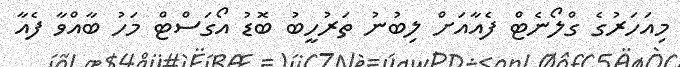
މިއަހަރުގެ ގްލޯނެޓް ފެއާއަށް ލިބުނު ތަރުހީބު ބޮޑު އޯގަސްޓް މަހު ބާއްވާ ފެއާ